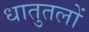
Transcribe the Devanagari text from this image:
धातुतलों